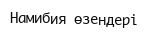
Намибия өзендері